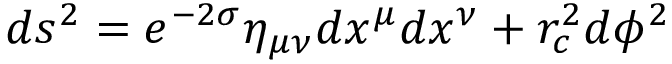
d s ^ { 2 } = e ^ { - 2 \sigma } \eta _ { \mu \nu } d x ^ { \mu } d x ^ { \nu } + r _ { c } ^ { 2 } d \phi ^ { 2 }